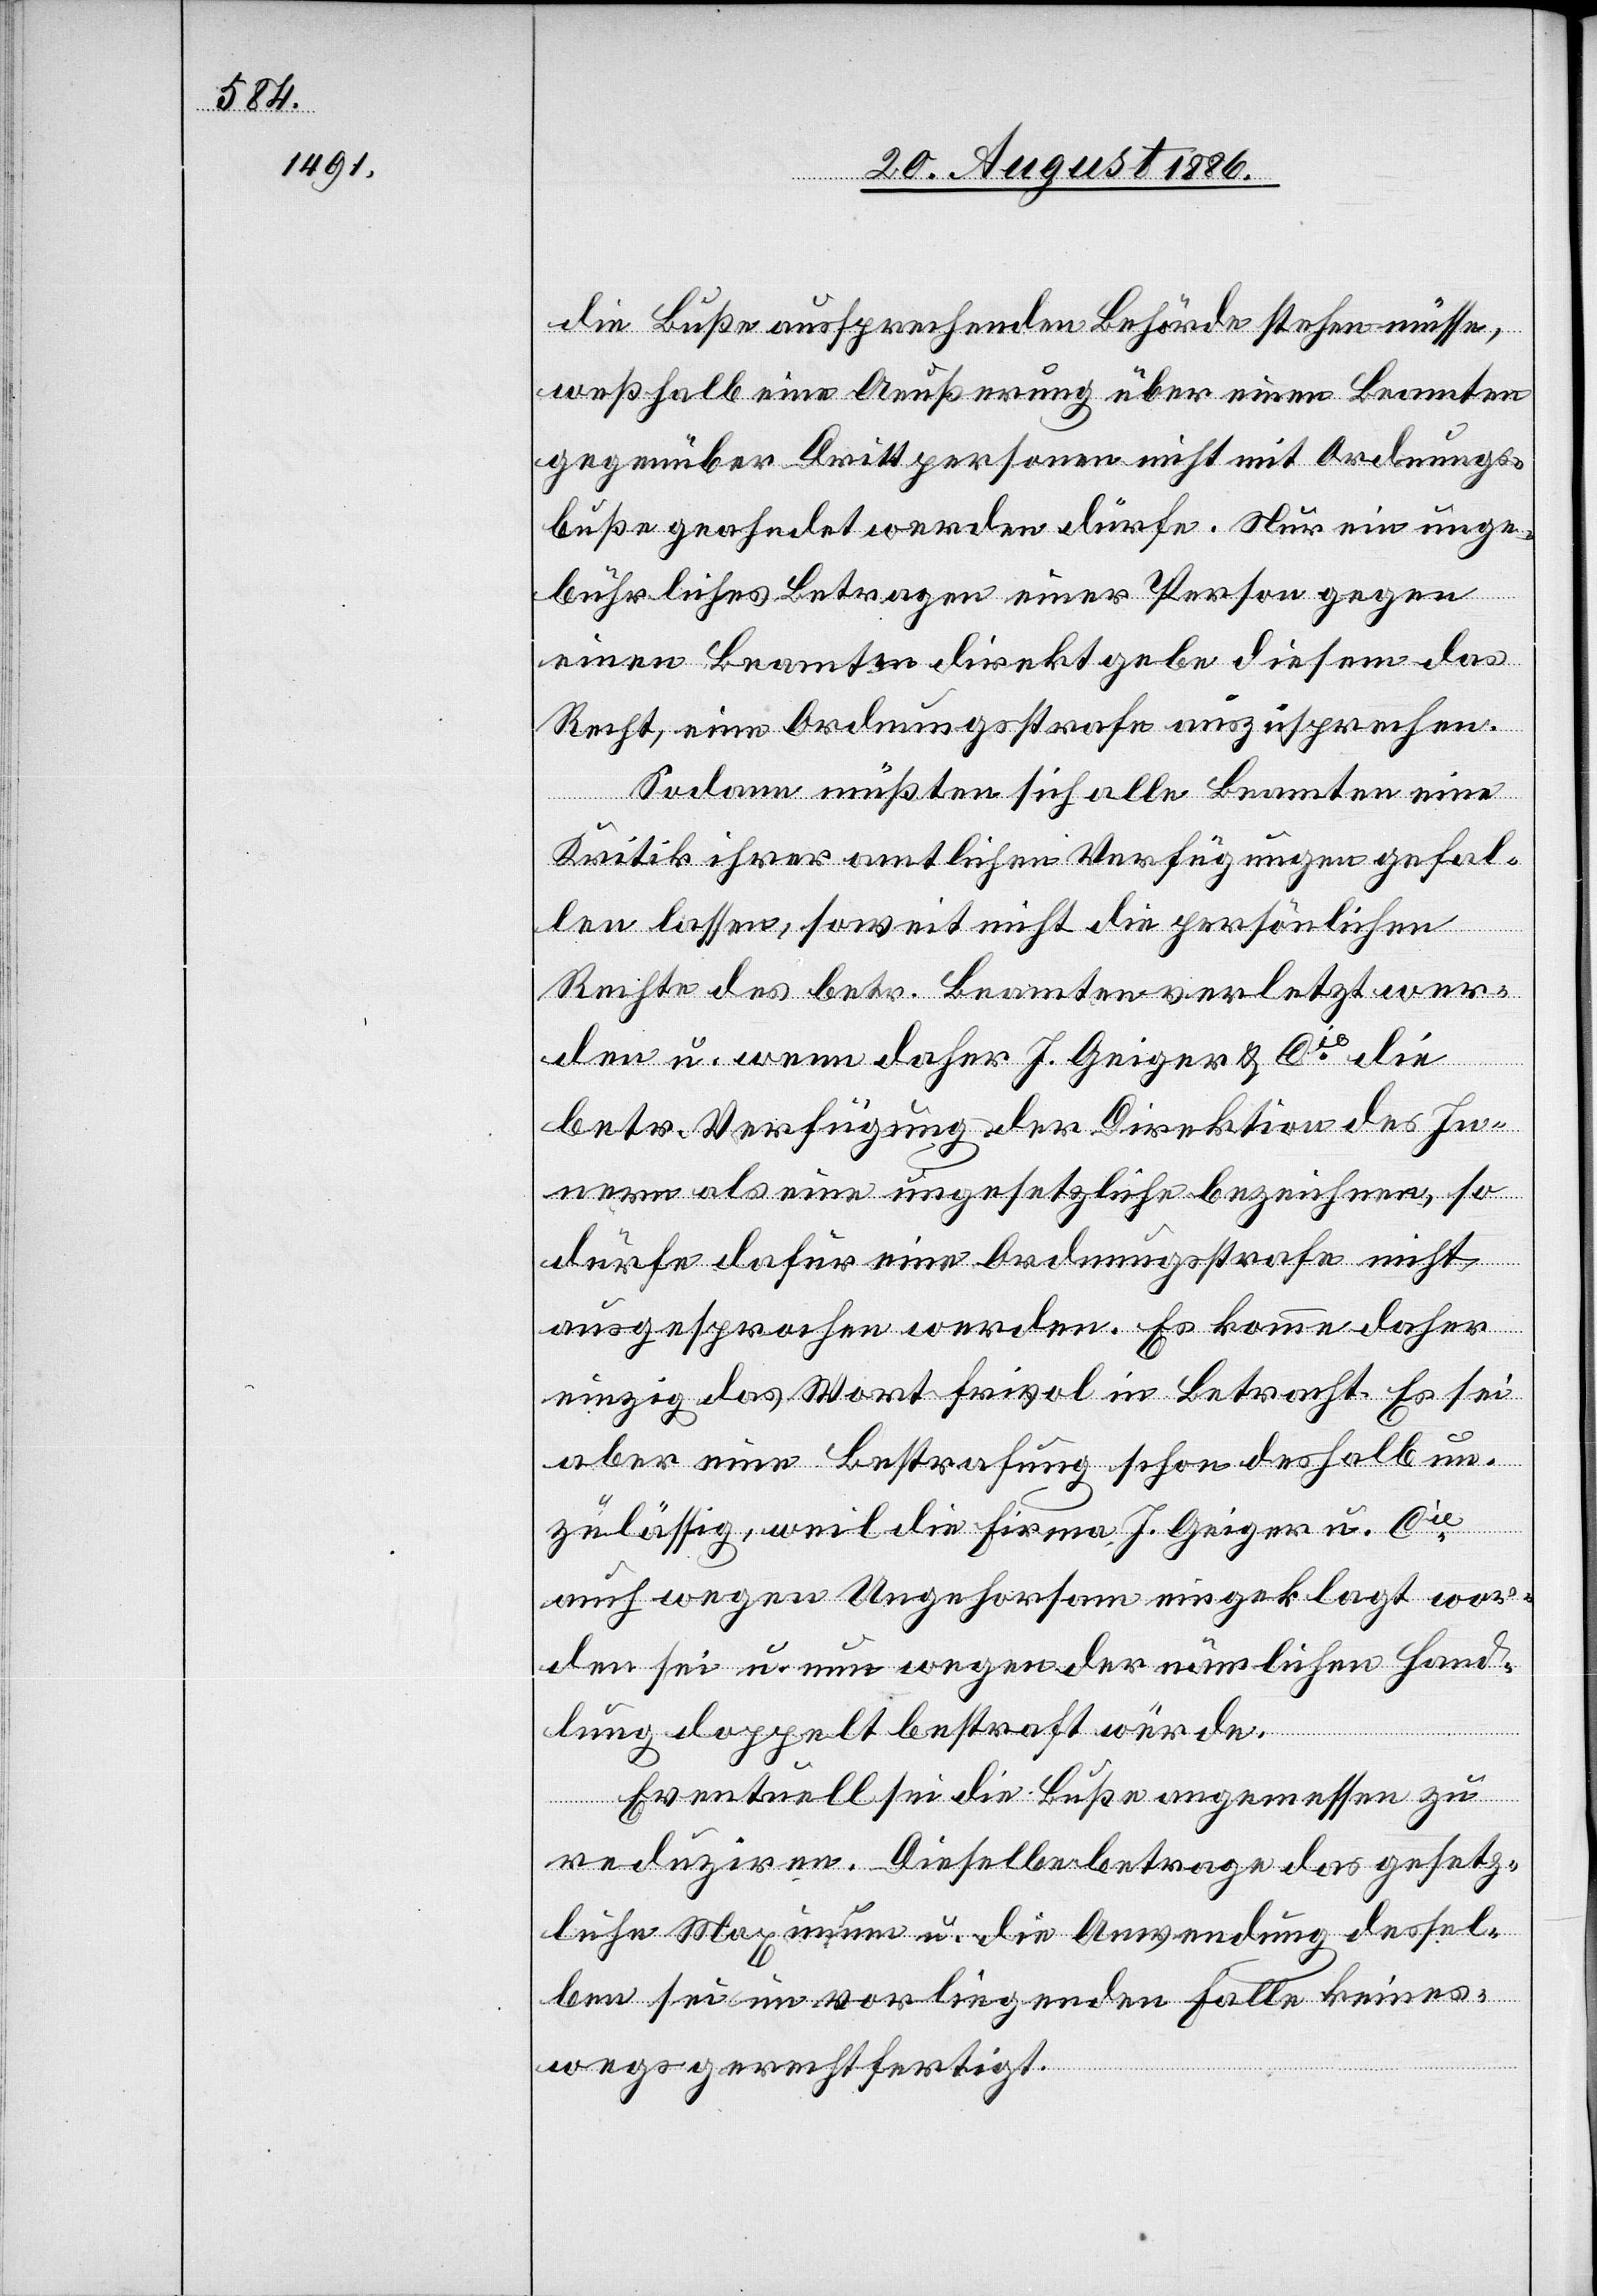
die Buße aussprechenden Behörde stehen müsse,
weßhalb eine Aeußerung über einen Beamten
gegenüber Drittpersonen nicht mit Ordnungs¬
buße geahndet werden dürfe. Nur ein unge¬
bührliches Betragen einer Person gegen
einen Beamten direkt gebe diesem das
Recht, eine Ordnungsstrafe auszusprechen.
Sodann müßten sich alle Beamten eine
Kritik ihrer amtlichen Verfügungen gefal¬
len lassen, soweit nicht die persönlichen
Rechte des betr. Beamten verletzt wer¬
den u. wenn daher J. Geiger & Cie die
betr. Verfügung der Direktion des In¬
nern als eine ungesetzliche bezeichnen, so
dürfe dafür eine Ordnungsstrafe nicht
ausgesprochen werden. Es komme daher
einzig das Wort frivol in Betracht. Es sei
aber eine Bestrafung schon deshalb un¬
zulässig, weil die Firma J. Geiger u. Cie
auch wegen Ungehorsam eingeklagt wor¬
den sei u. nun wegen der nämlichen Hand¬
lung doppelt bestraft würde.
Eventuell sei die Buße angemessen zu
reduziren. Dieselbe betrage das gesetz¬
liche Maximum u. die Anwendung dessel¬
ben sei im vorliegenden Falle keines¬
wegs gerechtfertigt.